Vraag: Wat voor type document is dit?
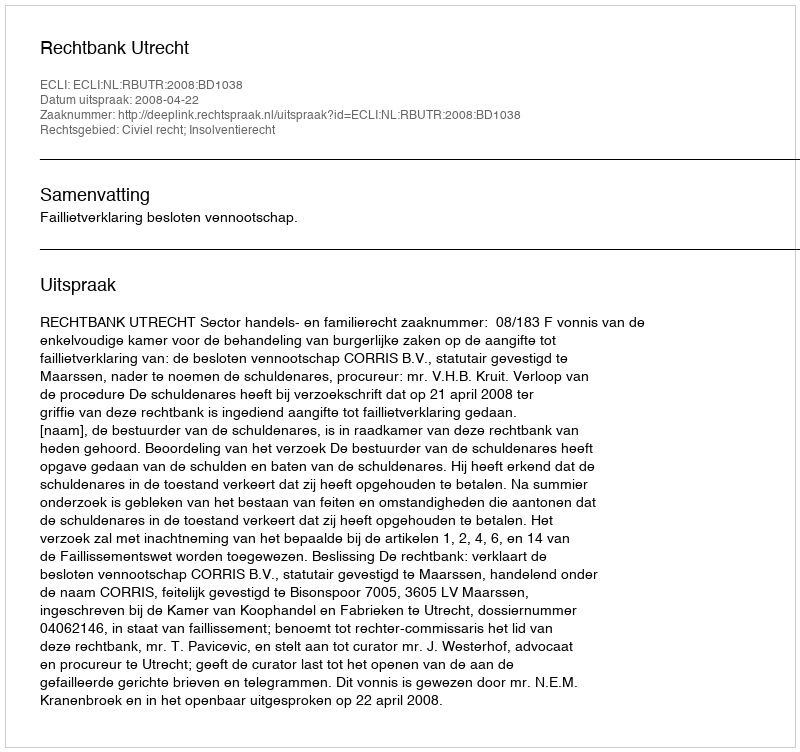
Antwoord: Uitspraak